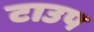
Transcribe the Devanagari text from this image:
टाउप